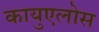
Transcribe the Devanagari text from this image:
कायुएलोस